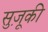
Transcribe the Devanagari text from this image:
सुज़ूकी